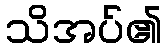
သိအပ်၏